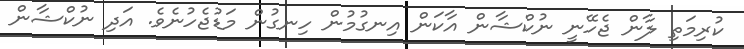
ކުރިމަތި ލާން ޖެހޭނީ ނުކްޝާން އާކަން އިނގުމުން ހިނގުން މަޑުޖެހުނެވެ. އަދި ނުކްޝާން